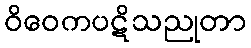
ဝိဝေကပဋိသညုတာ